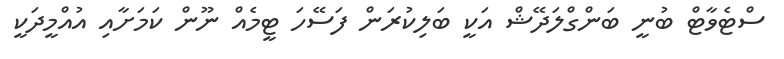
ސްޓެވާޓް ބުނީ ބަންގްލަދޭޝް އަކީ ބަލިކުރަން ފަސޭހަ ޓީމެއް ނޫން ކަމަށާއި އުއްމީދަކީ